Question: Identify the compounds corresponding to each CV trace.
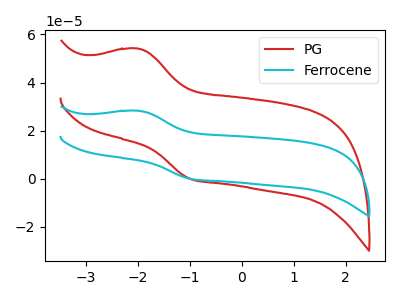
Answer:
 <answer>The red curve is labeled "PG". The cyan curve is labeled "Ferrocene".</answer>
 <eval></eval>